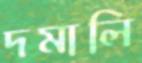
দমালি